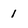
Character: 1